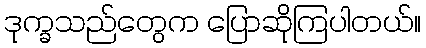
ဒုက္ခသည်တွေက ပြောဆိုကြပါတယ်။